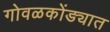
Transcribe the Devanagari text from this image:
गोवळकोंड्यात